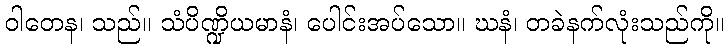
ဝါတေန၊ သည်။ သံပိဏ္ဍိယမာနံ၊ ပေါင်းအပ်သော။ ဃနံ၊ တခဲနက်လုံးသည်ကို။